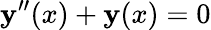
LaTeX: \mathbf{y}^{\prime\prime}(x)+\mathbf{y}(x)=0